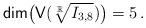
LaTeX: \begin{align*} \mathsf{dim}\big(\mathsf{V}(\sqrt[\mathbb{R}]{I_{3,8} })\big)=5\,.\end{align*}